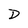
Character: D